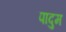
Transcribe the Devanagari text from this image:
पादुम